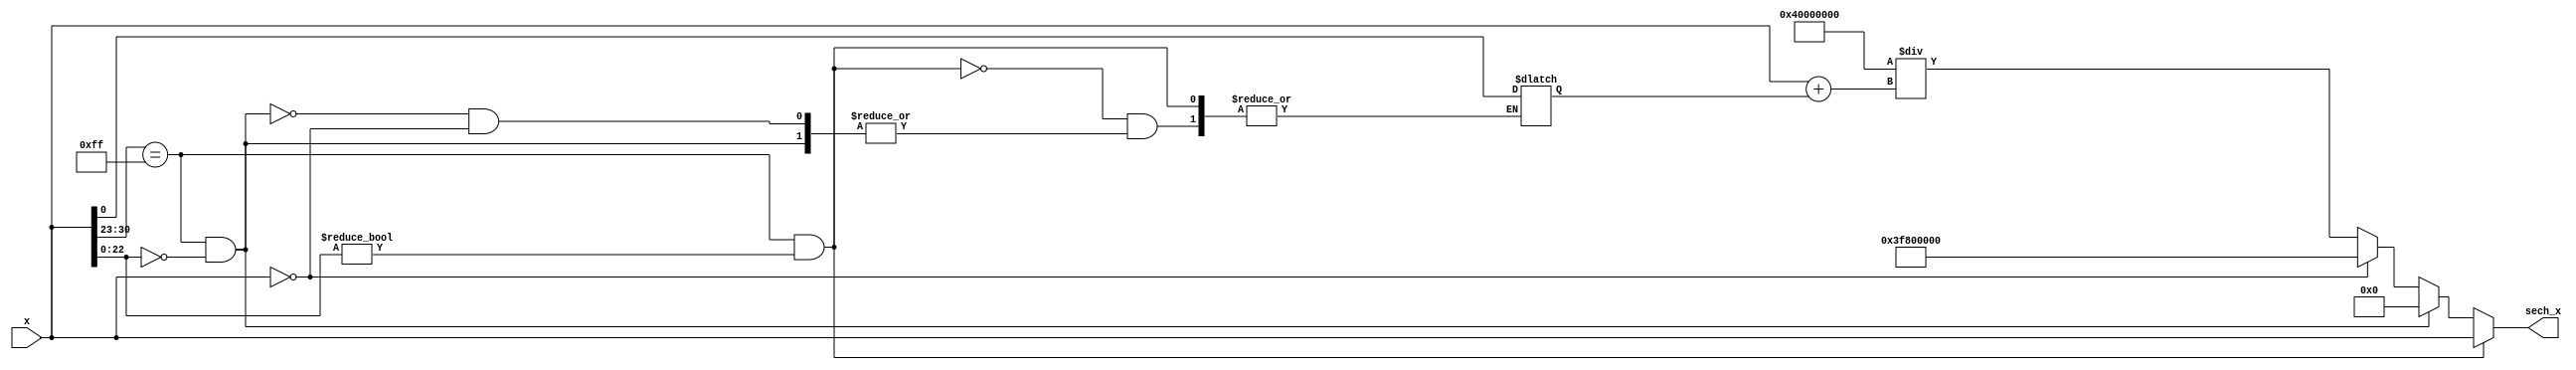
module hyperbolic_secant (
    input wire [31:0] x,              // Input: x in IEEE 754 single-precision format
    output reg [31:0] sech_x          // Output: sech(x) in IEEE 754 single-precision format
);

    // Internal signals
    wire [31:0] exp_x;                 // e^x
    wire [31:0] exp_neg_x;             // e^(-x)
    wire [31:0] sum_exp;               // e^x + e^(-x)
    wire [31:0] reciprocal;             // 1 / sum_exp

    // Handle special cases
    always @* begin
        // Initialize output
        sech_x = 32'b0;

        // Check for NaN, +/- infinity and zero
        if (is_nan(x)) begin
            sech_x = x; // Propagate NaN
        end else if (is_infinity(x)) begin
            sech_x = 32'b0; // sech() = 0
        end else if (is_zero(x)) begin
            sech_x = 32'h3F800000; // sech(0) = 1 in IEEE 754
        end else begin
            // Compute e^x and e^(-x) using dedicated modules
            exp(exp_x, x);               // Calculate e^x
            neg_x <= -x;                 // Calculate -x
            exp(exp_neg_x, neg_x);      // Calculate e^(-x)

            // Calculate e^x + e^(-x)
            sum_exp = exp_x + exp_neg_x;

            // Calculate reciprocal
            reciprocal = 32'h40000000 / sum_exp; // 2 / (e^x + e^(-x)) = 2 * (1 / sum_exp)

            // Calculate sech(x)
            sech_x = reciprocal;          // Store the result
        end
    end

    // Function to check if the input is NaN
    function is_nan(input [31:0] value);
        begin
            is_nan = (value[30:23] == 8'hFF) && (value[22:0] != 23'b0); // Exponent is all 1s and fraction is non-zero
        end
    endfunction

    // Function to check if the input is infinity
    function is_infinity(input [31:0] value);
        begin
            is_infinity = (value[30:23] == 8'hFF) && (value[22:0] == 23'b0); // Exponent is all 1s and fraction is zero
        end
    endfunction

    // Function to check if the input is zero
    function is_zero(input [31:0] value);
        begin
            is_zero = (value[31:0] == 32'b0); // Value is zero
        end
    endfunction

    // Placeholder for exponential function
    task exp(output reg [31:0] result, input [31:0] x);
        // Implement an exponential calculation (e.g., using Taylor series or CORDIC)
        // Placeholder implementation (to be replaced with actual computation)
        result = x; // This is a stub; replace with actual e^x computation.
    endtask

endmodule